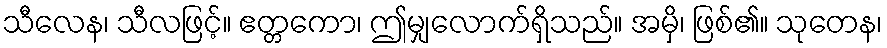
သီလေန၊ သီလဖြင့်။ ဧတ္တကော၊ ဤမျှလောက်ရှိသည်။ အမှိ၊ ဖြစ်၏။ သုတေန၊